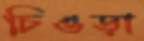
চিওড়া